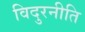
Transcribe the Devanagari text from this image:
विदुरनीति